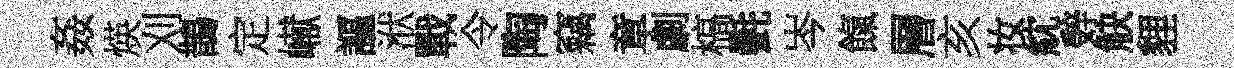
姦煐刈鵲定𪩘謳洑戰令陶竊章劇槁㲲岑餼層亥妆紞辤觖貍